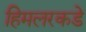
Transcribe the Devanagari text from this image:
हिमलरकडे